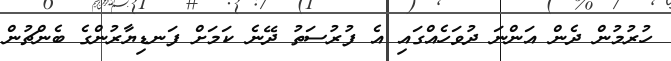
ހުރުމުން ދެން އަންނަ ދުވަހެއްގައި އެ ފުރުސަތު ދޭނެ ކަމަށް ފަނޑިޔާރުންގެ ބެންޗުން